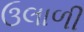
ઉલાળી